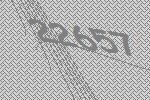
22657